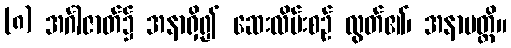
(၈) အင်္ဂါဇာတ်၌ အနာရှိ၍ ဆေးလိမ်းစဉ် လွတ်၏၊ အနာပတ္တိ။